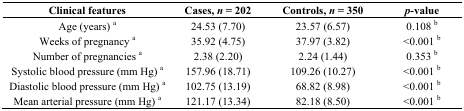
<table><thead><tr><td><b>Clinical features</b></td><td><b>Cases, <i>n</i> = 202</b></td><td><b>Controls, <i>n</i> = 350</b></td><td><b><i>p</i>-value</b></td></tr></thead><tbody><tr><td>Age (years) a</td><td>24.53 (7.70)</td><td>23.57 (6.57)</td><td>0.108 b</td></tr><tr><td>Weeks of pregnancy a</td><td>35.92 (4.75)</td><td>37.97 (3.82)</td><td>&lt;0.001 b</td></tr><tr><td>Number of pregnancies a</td><td>2.38 (2.20)</td><td>2.24 (1.44)</td><td>0.353 b</td></tr><tr><td>Systolic blood pressure (mm Hg) a</td><td>157.96 (18.71)</td><td>109.26 (10.27)</td><td>&lt;0.001 b</td></tr><tr><td>Diastolic blood pressure (mm Hg) a</td><td>102.75 (13.19)</td><td>68.82 (8.98)</td><td>&lt;0.001 b</td></tr><tr><td>Mean arterial pressure (mm Hg) a</td><td>121.17 (13.34)</td><td>82.18 (8.50)</td><td>&lt;0.001 b</td></tr></tbody></table>